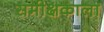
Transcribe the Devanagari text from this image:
समीक्षकाला